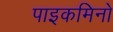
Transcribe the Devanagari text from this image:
पाइकमिनो